Medical and sanitary report on the native army of Bombay for the year
Year: 1877
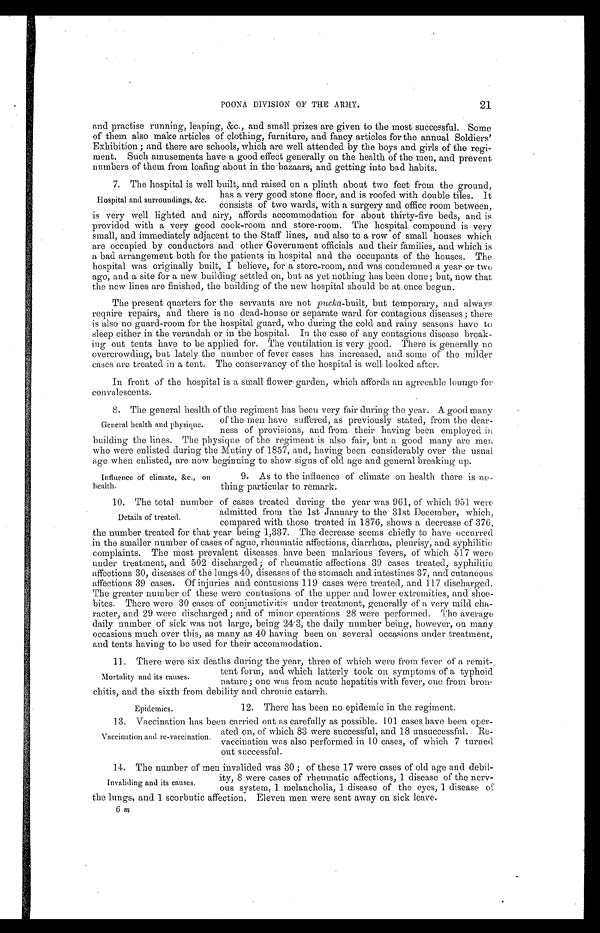
21
POONA DIVISION OF THE ARMY.
and practise running, leaping, &c., and small prizes are given to the most successful. Some
of them also make articles of clothing, furniture, and fancy articles for the annual Soldiers'
Exhibition ; and there are schools, which are well attended by the boys and girls of the regi
-
ment. Such amusements have a good effect generally on the health of the men, and prevent
numbers of them from loafing about in the bazaars, and getting into bad habits.
7. The hospital is well built, and raised on a plinth about two feet from the ground,
has a very good stone floor, and is roofed with double tiles. It
consists of two wards, with a surgery and office room between,
is very well lighted and airy, affords accommodation for about thirty-five beds, and is
provided with a very good cook-room and store-room. The hospital compound is very
small, and immediately adjacent to the Staff lines, and also to a row of small houses which
are occupied by conductors and other Government officials and their families, and which is
a bad arrangement both for the patients in hospital and the occupants of the houses. The
hospital was originally built, I believe, for a store-room, and was condemned a year or two
ago, and a site for a new building settled on, but as yet nothing has been done; but, now that
the new lines are finished, the building of the new hospital should be at once begun.
The present quarters for the servants are not pucka-built, but temporary, and always
require repairs, and there is no dead-house or separate ward for contagious diseases ; there
is also no guard-room for the hospital guard, who during the cold and rainy seasons have to
sleep either in the verandah or in the hospital. In the case of any contagious disease break
-
ing out tents have to be applied for. The ventilation is very good. There is generally no
overcrowding, but lately the number of fever cases has increased, and some of the milder
cases are treated in a tent. The conservancy of the hospital is well looked after.
In front of the hospital is a small flower-garden, which affords an agreeable lounge for
convalescents.
8. The general health of the regiment has been very fair during the year. A good many
of the men have suffered, as previously stated, from the dear
-
ness of provisions, and from their having been employed in
building the lines. The physique of the regiment is also fair, but a good many are men
who were enlisted during the Mutiny of 1857, and, having been considerably over the usual
age when enlisted, are now beginning to show signs of old age and general breaking up.
Hospital and surroundings, &c.
General health and physique.
Influence of climate, &c., on
health.
9. As to the influence of climate on health there is no
-thing particular to remark.
10. The total number of cases treated during the year was 961, of which 951 were
admitted from the 1st January to the 31st December, which,
compared with those treated in 1876, shows a decrease of 376,
the number treated for that year being 1,337. The decrease seems chiefly to have occurred
in the smaller number of cases of ague, rheumatic affections, diarrhœa, pleurisy, and syphilitic
complaints. The most prevalent diseases, have been malarious fevers, of which 517 were
under treatment, and 502 discharged ; of rheumatic affections 39 cases treated, syphilitic
affections 30, diseases of the lungs 40, diseases of the stomach and intestines 37, and cutaneous
affections 39 cases. Of injuries and contusions 119 cases were treated, and 117 discharged.
The greater number of these were contusions of the upper and lower extremities, and shoe
-
bites. There were 30 cases of conjunctivitis under treatment, generally of a very mild cha
-
racter, and 29 were discharged; and of minor operations 28 were performed. The average
daily number of sick was not large, being 24.3, the daily number being, however, on many
occasions much over this, as many as 40 having been on several occasions under treatment,
and tents having to be used for their accommodation.
11. There were six deaths during the year, three of which were from fever of a remit
-
tent form, and which latterly took on symptoms of a typhoid
nature ; one was from acute hepatitis with fever, one from bron
-
c h i t i s , a n d t h e s i x t h f r o m d e b i l i t y a n d c h r o n i c c a t a r r h .
Details of treated.
Mortality and its causes.
Epidemics.
12. There has been no epidemic in the regiment.
13. Vaccination has been carried out as carefully as possible. 101 cases have been oper
-
ated on, of which 83 were successful, and 18 unsuccessful. Re
-
vaccination was also performed in 10 cases, of which 7 turned
out successful.
14. The number of men invalided was 30 ; of these 17 were cases of old age and debil
-
ity, 8 were cases of rheumatic affections, 1 disease of the nerv
-
ous system, 1 melancholia, 1 disease of the eyes, 1 disease of
the lungs, and 1 scorbutic affection. Eleven men were sent away on sick leave.
Vaccination and re-vaccination.
Invaliding and its causes.
6 m